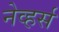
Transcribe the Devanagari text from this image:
नेव्हर्स